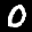
Label: 0